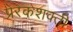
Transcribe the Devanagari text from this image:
प्रेरकशक्ती